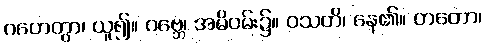
ဂဟေတွာ၊ ယူ၍။ ဂဗ္ဘေ၊ အမိဝမ်း၌။ ဝသတိ၊ နေ၏။ တတော၊